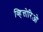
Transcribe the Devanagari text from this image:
व्हित्तोरिओ